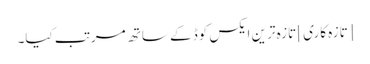
[تازہ کاری] تازہ ترین ایکس کوڈ کے ساتھ مرتب کیا۔